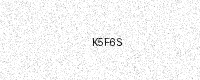
Text: K5F6S